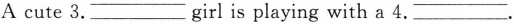
A cute 3.___ girl is playing with a 4. ___